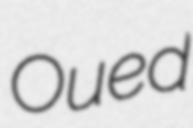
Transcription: Oued